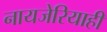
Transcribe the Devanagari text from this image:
नायजेरियाही